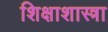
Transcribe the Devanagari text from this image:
शिक्षाशास्त्रा